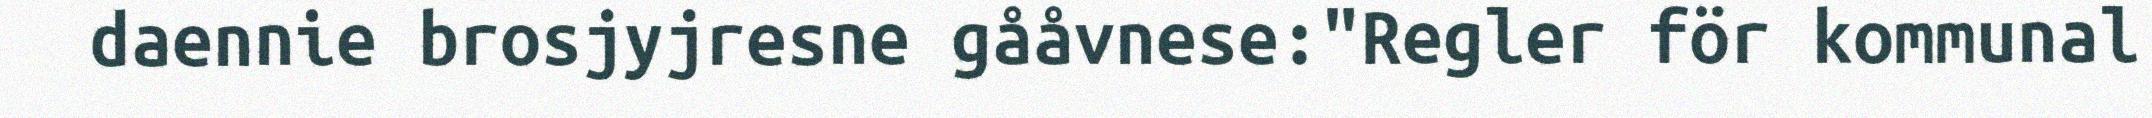
daennie brosjyjresne gååvnese:"Regler för kommunal